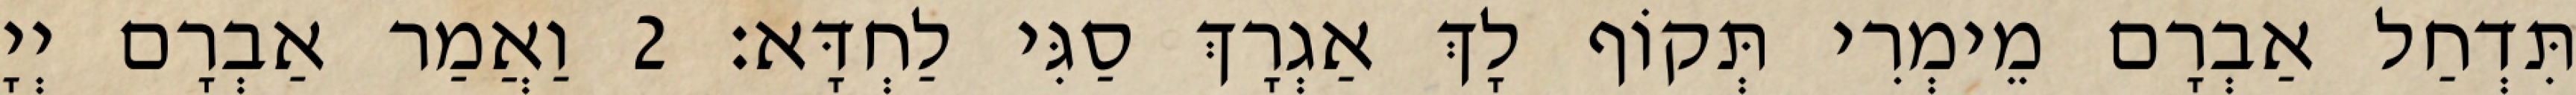
תִּדְחַל אַבְרָם מֵימְרִי תְּקוֹף לָךְ אַגְרָךְ סַגִּי לַחְדָּא׃ 2 וַאֲמַר אַבְרָם יְיָ